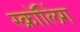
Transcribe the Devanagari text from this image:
स्क्रॉलिंग